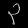
Digit: ၃